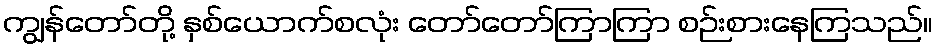
ကျွန်တော်တို့ နှစ်ယောက်စလုံး တော်တော်ကြာကြာ စဉ်းစားနေကြသည်။